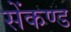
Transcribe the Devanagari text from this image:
सेंकण्ड